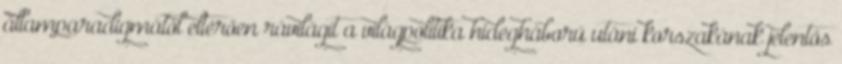
államparadigmától eltérően rávilágít a világpolitika hidegháború utáni korszakának jelentős